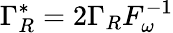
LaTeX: \Gamma_{R}^{*}=2\Gamma_{R}F_{\omega}^{-1}